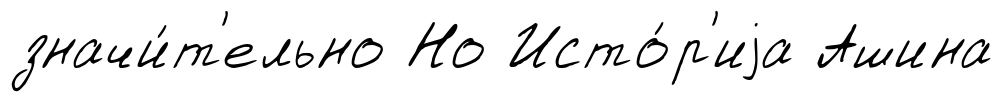
значи́т'ельно Но Исто́р'иjа Ашина